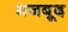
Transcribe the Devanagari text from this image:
मजबूद